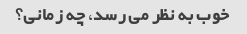
خوب به نظر می رسد، چه زمانی؟